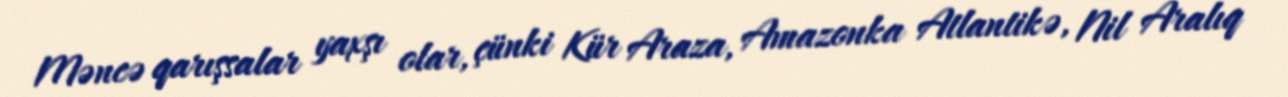
Məncə qarışsalar yaxşı olar, çünki Kür Araza, Amazonka Atlantikə, Nil Aralıq